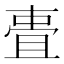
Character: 𬻧